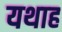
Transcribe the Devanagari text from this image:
यथाह